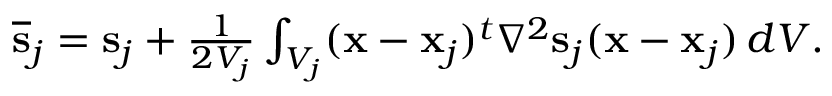
\begin{array} { r } { \overline { { \bf s } } _ { j } = { \bf s } _ { j } + \frac { 1 } { 2 V _ { j } } \int _ { V _ { j } } ( { \bf x } - { \bf x } _ { j } ) ^ { t } \nabla ^ { 2 } { \bf s } _ { j } ( { \bf x } - { \bf x } _ { j } ) \, d V . } \end{array}